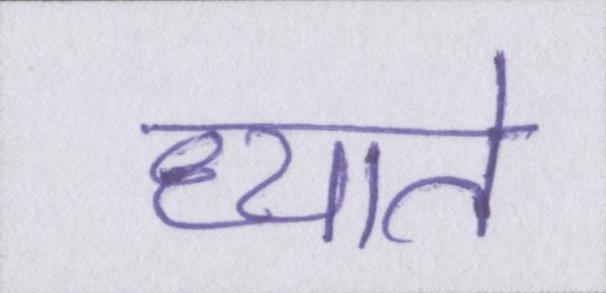
ध्याते